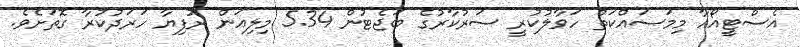
އެސްޓީއޯއާ މިމަސައްކަތް ހަވާލުކުރީ ސަރުކާރުގެ ބަޖެޓުން 5.34 މިލިއަން ރުފިޔާ ހަރަދުކުރާ ގޮތަށެވެ.